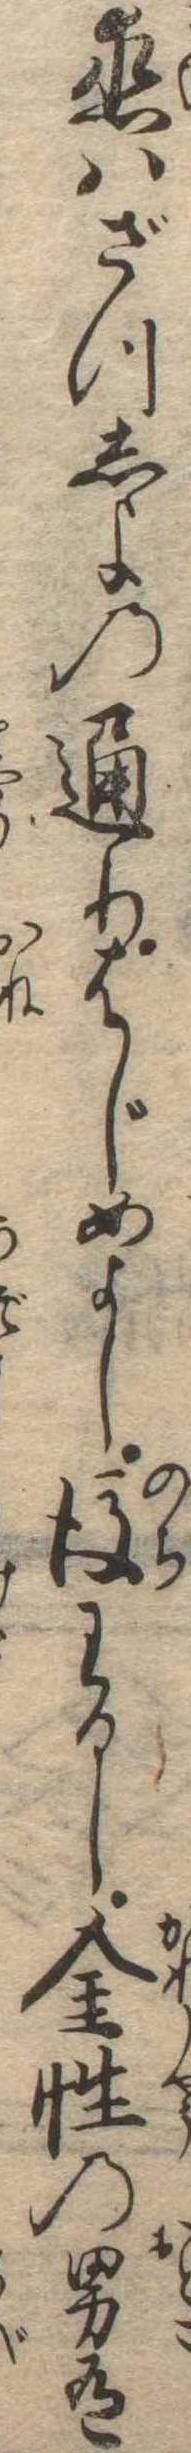
恋はざつしよの通りはじめよし後わるし金性の男有